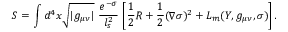
S = \int d ^ { 4 } x \sqrt { | g _ { \mu \nu } | } \ \frac { e ^ { - \sigma } } { l _ { s } ^ { 2 } } \, \left[ { \frac { 1 } { 2 } } R + { \frac { 1 } { 2 } } ( \nabla \sigma ) ^ { 2 } + { \cal L } _ { m } ( { \cal Y } , g _ { \mu \nu } , \sigma ) \right] .